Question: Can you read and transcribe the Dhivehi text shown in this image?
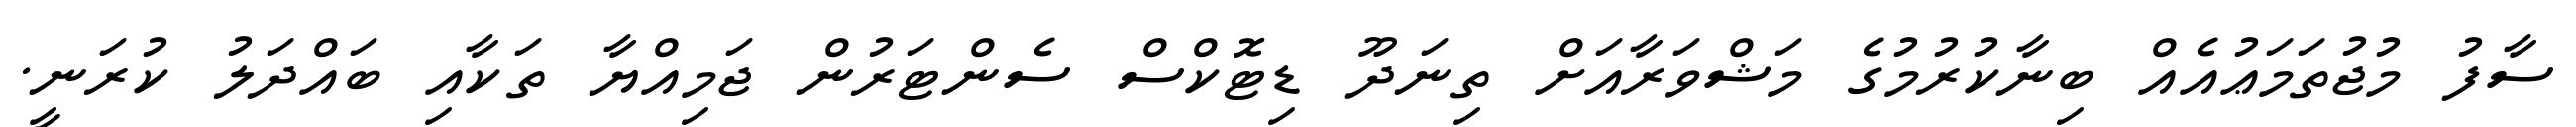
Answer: ސާފު މުޖުތަމަޢުއެއް ބިނާކުރުމުގެ މަޝްވަރާއަށް ތިނަދޫ ޑިޓޮކްސް ސެންޓަރުން ޖަމިއްޔާ ތަކާއި ބައްދަލު ކުރަނީ.